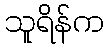
သူရိန်က